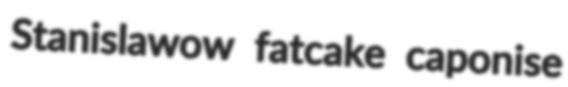
Stanislawow fatcake caponise